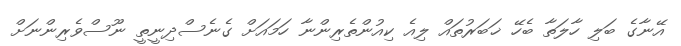
އޭނާގެ ބަލި ހާލަތާ ބެހޭ ޚަބަރުތައް ލިއެ ކިއުންތެރިންނާ ހަމައަށް ގެނެސްދިނީތީ ނޫސްވެރިންނަށް